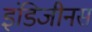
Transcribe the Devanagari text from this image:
इंडिजीनस